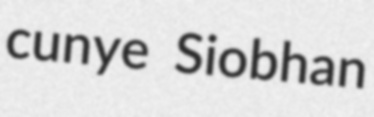
cunye Siobhan